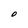
Character: O